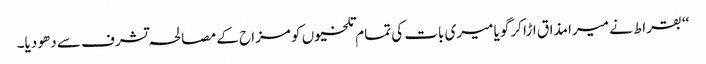
‘‘ بقراط نے میرا مذاق اڑا کر گویا میری بات کی تمام تلخیوں کو مزاح کے مصالحہ تشرف سے دھو دیا۔